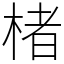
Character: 楮